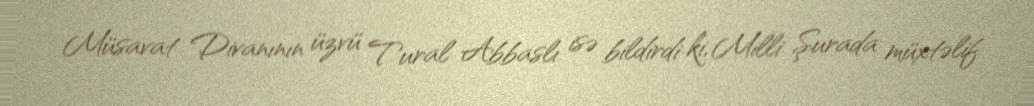
Müsavat Divanının üzvü Tural Abbaslı isə bildirdi ki, Milli Şurada müxtəlif